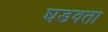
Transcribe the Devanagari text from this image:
घडवता